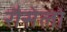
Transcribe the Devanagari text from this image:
रौसेलो